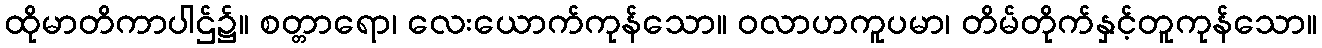
ထိုမာတိကာပါဌ်၌။ စတ္တာရော၊ လေးယောက်ကုန်သော။ ဝလာဟကူပမာ၊ တိမ်တိုက်နှင့်တူကုန်သော။